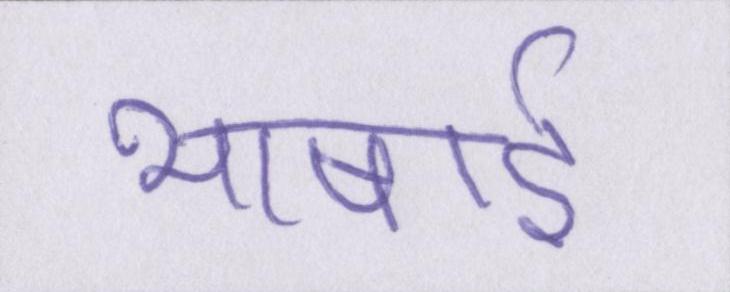
भाषाई